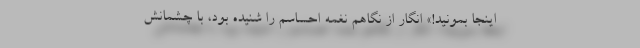
اینجا بمونید!» انگار از نگاهم نغمه احساسم را شنیده بود، با چشمانش